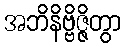
အဘိနိဗ္ဗိဇ္ဇိတွာ